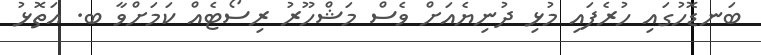
ބަނޑޮހުގައި ހުރެފައި މުޅި ދުނިޔެއަށް ވެސް މަޝްހޫރު ރިސޯޓެއް ކަަމަށްވާ ބ. އަތޮޅު